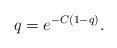
LaTeX: \begin{align*}q = e^{-C(1-q)}.\end{align*}